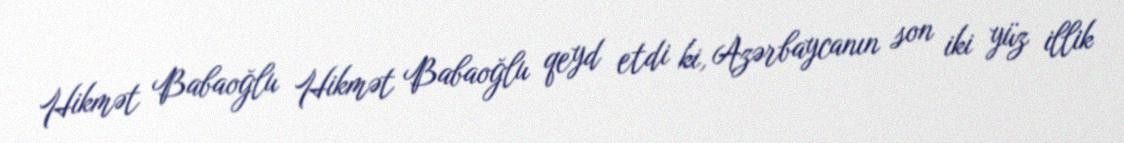
Hikmət Babaoğlu Hikmət Babaoğlu qeyd etdi ki, Azərbaycanın son iki yüz illik